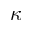
\kappa